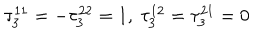
LaTeX: \tau _ { 3 } ^ { 1 1 } = - \tau _ { 3 } ^ { 2 2 } = 1 , \ \tau _ { 3 } ^ { 1 2 } = \tau _ { 3 } ^ { 2 1 } = 0